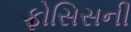
ફોસિસની